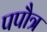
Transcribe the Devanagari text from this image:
पपौत्र